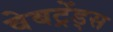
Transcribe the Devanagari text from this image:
वेबट्रेंड्स